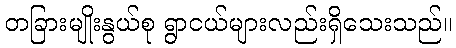
တခြားမျိုးနွယ်စု ရွာငယ်များလည်းရှိသေးသည်။